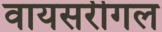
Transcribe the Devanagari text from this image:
वायसरीगल